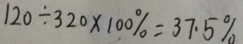
1 2 0 \div 3 2 0 \times 1 0 0 \% = 3 7 . 5 \%